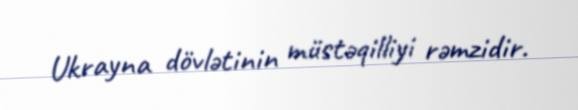
Ukrayna dövlətinin müstəqilliyi rəmzidir.